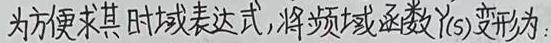
为方便求其时域表达式，将频域函数$Y(s)$变形为：